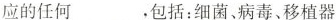
应的任何___，包括：细菌、病毒、移植器